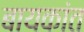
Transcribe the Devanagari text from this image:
बायकांत